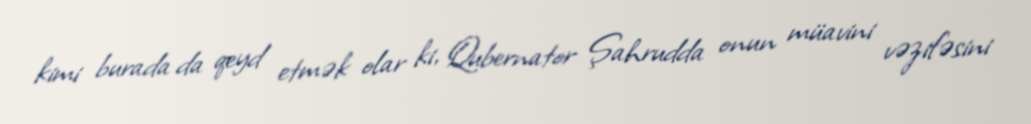
kimi burada da qeyd etmək olar ki, Qubernator Şahrudda onun müavini vəzifəsini